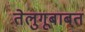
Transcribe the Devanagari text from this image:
तेलुगूबाबत